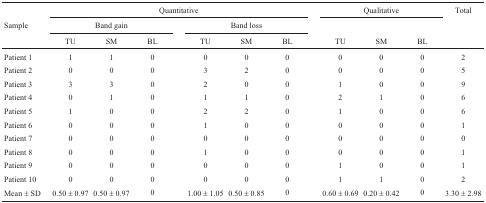
<table><thead><tr><td></td><td colspan="7"><b>Quantitative </b></td><td></td><td colspan="3"><b>Qualitative </b></td><td><b>Total</b></td></tr><tr><td><b>Sample</b></td><td colspan="3"><b>Band gain </b></td><td></td><td colspan="3"><b>Band loss </b></td><td></td><td></td><td></td><td></td><td></td></tr><tr><td></td><td><b>TU</b></td><td><b>SM</b></td><td><b>BL</b></td><td></td><td><b>TU</b></td><td><b>SM</b></td><td><b>BL</b></td><td></td><td><b>TU</b></td><td><b>SM</b></td><td><b>BL</b></td><td></td></tr></thead><tbody><tr><td>Patient 1</td><td>1</td><td>1</td><td>0</td><td></td><td>0</td><td>0</td><td>0</td><td></td><td>0</td><td>0</td><td>0</td><td>2</td></tr><tr><td>Patient 2</td><td>0</td><td>0</td><td>0</td><td></td><td>3</td><td>2</td><td>0</td><td></td><td>0</td><td>0</td><td>0</td><td>5</td></tr><tr><td>Patient 3</td><td>3</td><td>3</td><td>0</td><td></td><td>2</td><td>0</td><td>0</td><td></td><td>1</td><td>0</td><td>0</td><td>9</td></tr><tr><td>Patient 4</td><td>0</td><td>1</td><td>0</td><td></td><td>1</td><td>1</td><td>0</td><td></td><td>2</td><td>1</td><td>0</td><td>6</td></tr><tr><td>Patient 5</td><td>1</td><td>0</td><td>0</td><td></td><td>2</td><td>2</td><td>0</td><td></td><td>1</td><td>0</td><td>0</td><td>6</td></tr><tr><td>Patient 6</td><td>0</td><td>0</td><td>0</td><td></td><td>1</td><td>0</td><td>0</td><td></td><td>0</td><td>0</td><td>0</td><td>1</td></tr><tr><td>Patient 7</td><td>0</td><td>0</td><td>0</td><td></td><td>0</td><td>0</td><td>0</td><td></td><td>0</td><td>0</td><td>0</td><td>0</td></tr><tr><td>Patient 8</td><td>0</td><td>0</td><td>0</td><td></td><td>1</td><td>0</td><td>0</td><td></td><td>0</td><td>0</td><td>0</td><td>1</td></tr><tr><td>Patient 9</td><td>0</td><td>0</td><td>0</td><td></td><td>0</td><td>0</td><td>0</td><td></td><td>1</td><td>0</td><td>0</td><td>1</td></tr><tr><td>Patient 10</td><td>0</td><td>0</td><td>0</td><td></td><td>0</td><td>0</td><td>0</td><td></td><td>1</td><td>1</td><td>0</td><td>2</td></tr><tr><td>Mean ± SD</td><td>0.50 ± 0.97</td><td>0.50 ± 0.97</td><td>0</td><td></td><td>1.00 ± 1.05</td><td>0.50 ± 0.85</td><td>0</td><td></td><td>0.60 ± 0.69</td><td>0.20 ± 0.42</td><td>0</td><td>3.30 ± 2.98</td></tr></tbody></table>